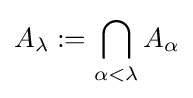
A_{\lambda }:=\bigcap _{\alpha <\lambda }A_{\alpha }